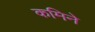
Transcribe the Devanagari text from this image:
कमिने